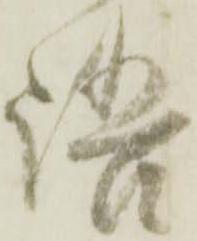
語